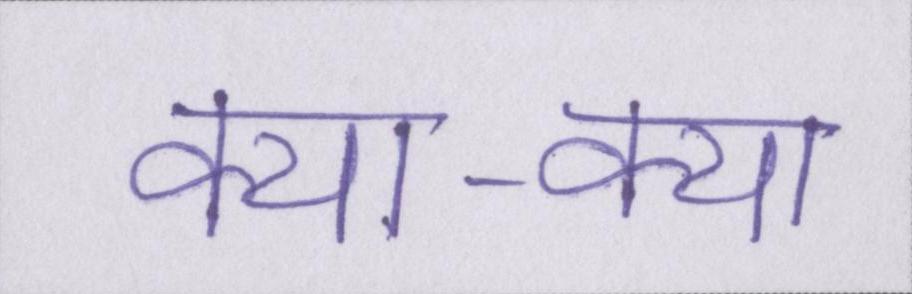
क्या-क्या